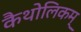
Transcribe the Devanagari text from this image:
कैथोलिकम्